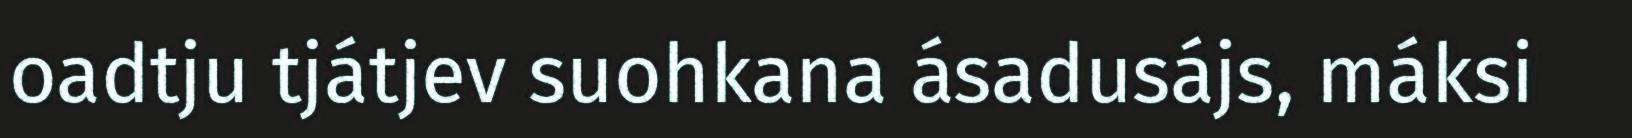
oadtju tjátjev suohkana ásadusájs, máksi